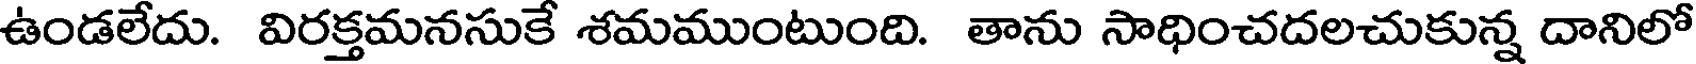
ఉండలేదు. విరక్తమనసుకే శమముంటుంది. తాను సాధించదలచుకున్న దానిలో